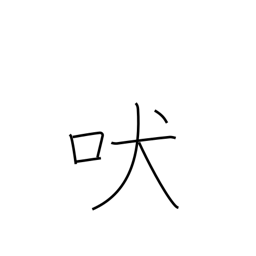
Meaning: howl